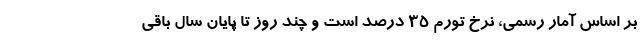
بر اساس آمار رسمی، نرخ تورم 35 درصد است و چند روز تا پایان سال باقی